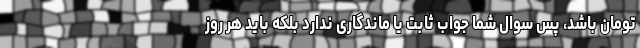
تومان باشد، پس سوال شما جواب ثابت یا ماندگاری ندارد بلکه باید هر روز